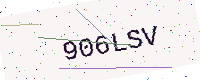
Text: 906LSV